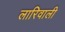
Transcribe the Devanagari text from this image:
लारिवाली